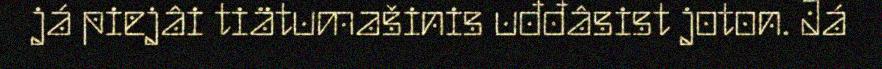
já piejâi tiätumašinis uđđâsist joton. Já